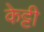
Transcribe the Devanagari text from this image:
केट्टी